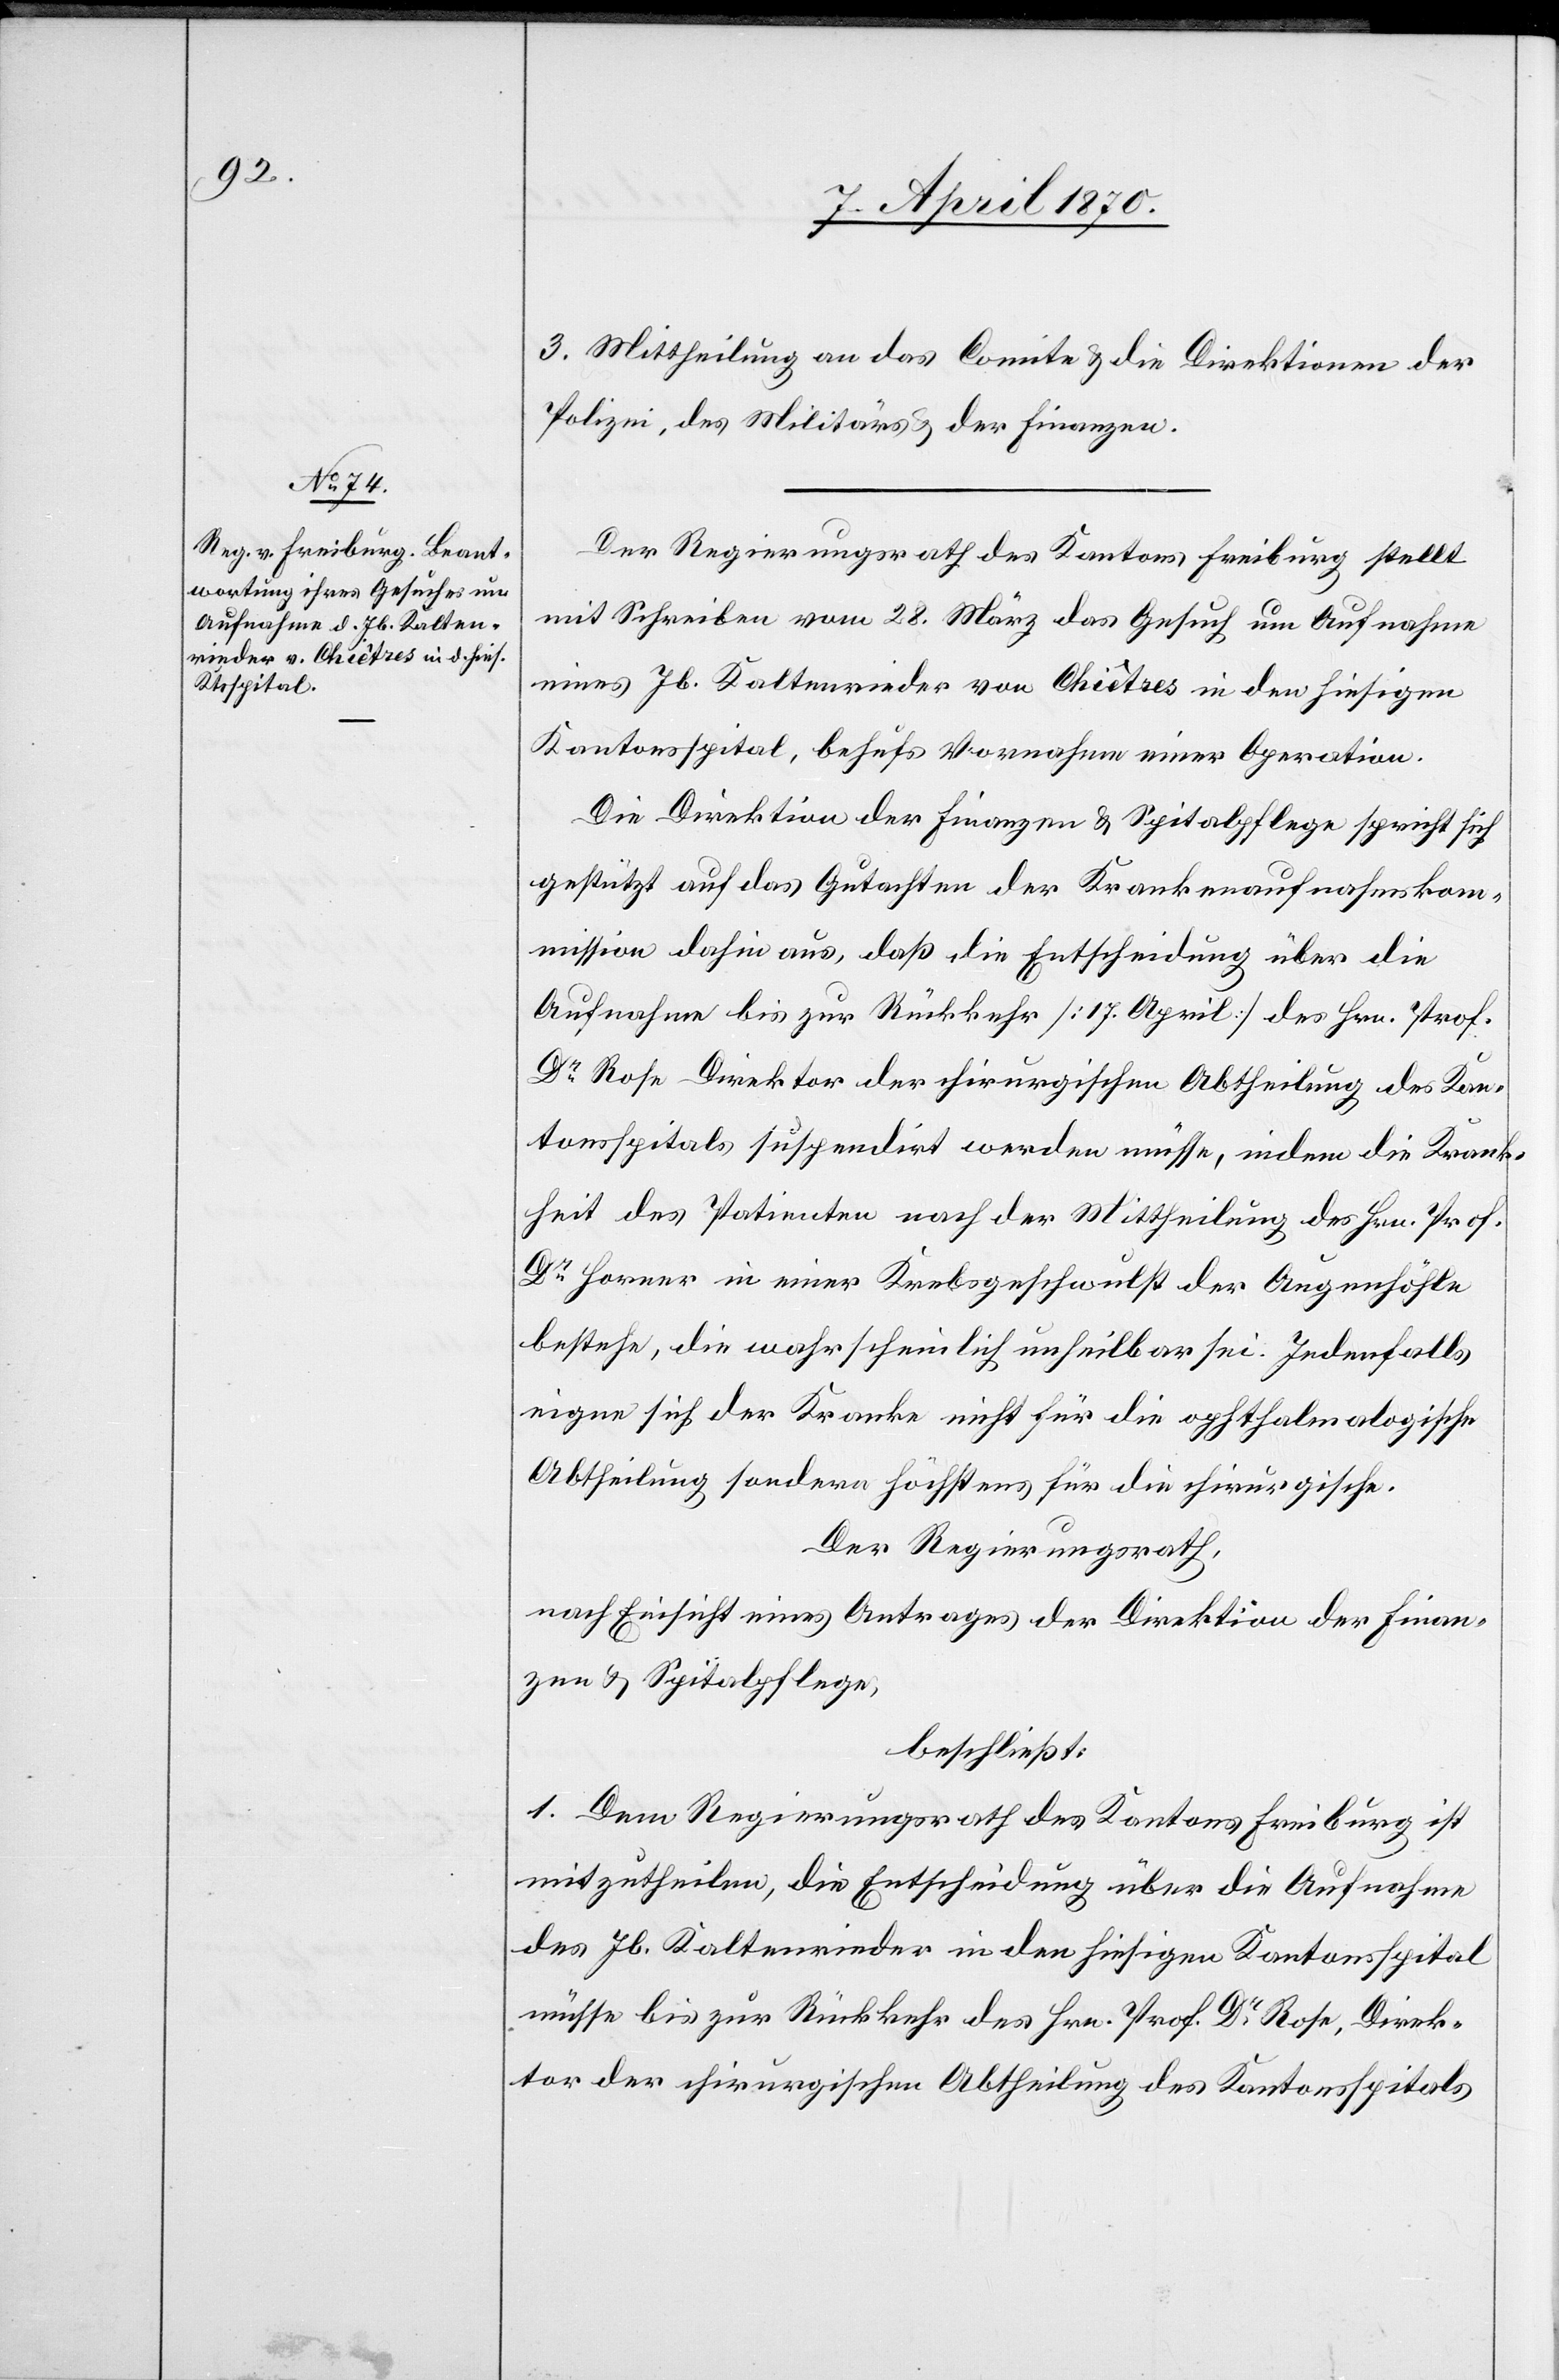
3. Mittheilung an das Comite & die Direktionen der
Polizei, des Militärs & der Finanzen.
Der Regierungsrath des Kantons Freiburg stellt
mit Schreiben vom 28. März das Gesuch um Aufnahme
eines Jb. Kaltenrieder von Chiêtres in den hiesigen
Kantonsspital, behufs Vornahme einer Operation.
Die Direktion der Finanzen & Spitalpflege spricht sich
gestützt auf das Gutachten der Krankenaufnahmskom¬
mission dahin aus, daß die Entscheidung über die
Aufnahme bis zur Rückkehr [17. April] des Hrn. Prof.
Dr Rose[,] Direktor der chirurgischen Abtheilung des Kan¬
tonsspitals[,] suspendirt werden müsse, indem die Krank¬
heit des Patienten nach der Mittheilung des Hrn. Prof.
Dr Horner in einer Krebsgeschwulst der Augenhöhle
bestehe, die wahrscheinlich unheilbar sei. Jedenfalls
eigne sich der Kranke nicht für die ophthalmalogische
Abtheilung sondern höchstens für die chirurgische.
Der Regierungsrath,
nach Einsicht eines Antrages der Direktion der Finan¬
zen & Spitalpflege,
beschließt:
1. Dem Regierungsrath des Kantons Freiburg ist
mitzutheilen, die Entscheidung über die Aufnahme
des Jb. Kaltenrieder in den hiesigen Kantonsspital
müsse bis zur Rückkehr des Hrn. Prof. Dr Rose, Direk¬
tor der chirurgischen Abtheilung des Kantonsspitals